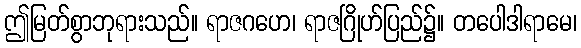
ဤမြတ်စွာဘုရားသည်။ ရာဇဂဟေ၊ ရာဇဂြိုဟ်ပြည်၌။ တပေါဒါရာမေ၊